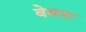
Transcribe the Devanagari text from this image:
वेबवर